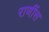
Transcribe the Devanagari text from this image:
राणींस